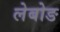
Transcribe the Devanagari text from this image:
लेबोङ